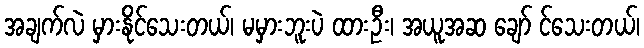
အချက်လဲ မှားနိုင်သေးတယ်၊ မမှားဘူးပဲ ထားဦး၊ အယူအဆ ချော် င်သေးတယ်၊